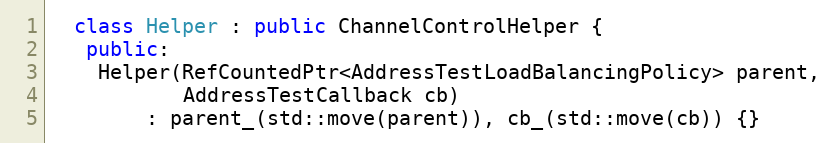
Language: C++
  class Helper : public ChannelControlHelper {
   public:
    Helper(RefCountedPtr<AddressTestLoadBalancingPolicy> parent,
           AddressTestCallback cb)
        : parent_(std::move(parent)), cb_(std::move(cb)) {}